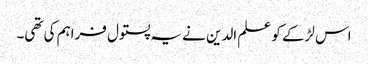
اس لڑکے کو علم الدین نے یہ پستول فراہم کی تھی۔